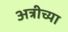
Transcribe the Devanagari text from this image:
अत्रीच्या